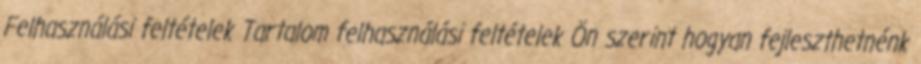
Felhasználási feltételek Tartalom felhasználási feltételek Ön szerint hogyan fejleszthetnénk